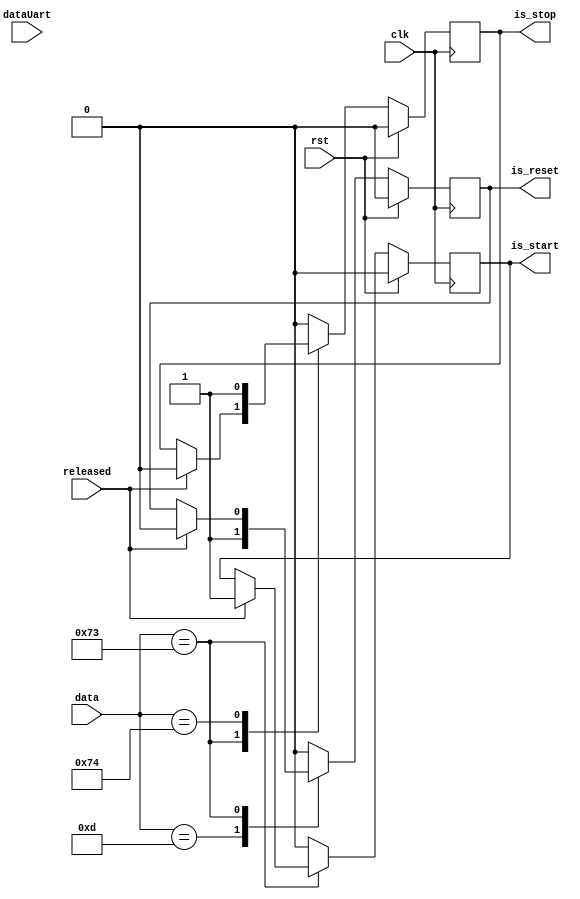

`timescale 1ns / 1ps

`define ENTER   'h0D
`define START   'h73
`define STOP    'h74 

module stop_watch_control(
    input clk,
    input rst,
    input released,
    input [7:0] data,
    input [7:0] dataUart,
    output reg is_reset,
    output reg is_stop,
    output reg is_start
    );


always @(posedge clk)
    if(rst)
        begin
            is_reset <= 1'b0;
            is_start <= 1'b0;
            is_stop <= 1'b0;
        end
    else
        case(data)
            `ENTER:  
                begin
                is_reset    <= 1'b1;
                is_start    <= 1'b0;
                is_stop     <= 1'b0;
                end
            `START:  
                if(released)
                    begin
                    is_reset    <= 1'b0;
                    is_start    <= 1'b1;
                    is_stop     <= 1'b0;
                    end
            `STOP:   
                begin
                is_reset    <= 1'b0;
                is_start    <= 1'b0;
                is_stop     <= 1'b1;
                end
                
            default: 
                begin
                is_reset <= 1'b0;
                is_start <= 1'b0;
                is_stop <= 1'b0;
                end
        endcase  
           
endmodule